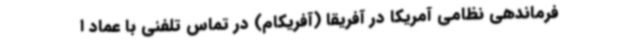
فرماندهی نظامی آمریکا در آفریقا (آفریکام) در تماس تلفنی با عماد ا